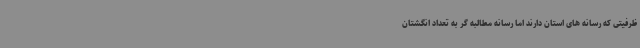
ظرفیتی که رسانه های استان دارند اما رسانه مطالبه گر به تعداد انگشتان